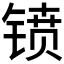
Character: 𫔁